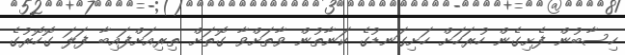
ހިސާބުން ފެށިގެން ހުރަހަށް ހަށިގަނޑުގެ ކަނާތުން ވާތަށްވާ ގޮތަށް ތިރިއަށްފައިބާ ފަލަ ގޮހޮރުގެ